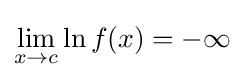
\lim _{x\to c}\ln {f(x)}=-\infty